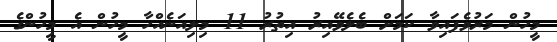
މީހުން މަރުވެފައިވާ ކަމަށް ބެލެވޭއިރު އިތުރު 11 މިލިއަނެއްހާ މީހުން އެ މީހުންގެ